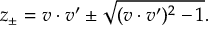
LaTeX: z _ { \pm } = v \cdot v ^ { \prime } \pm \sqrt { ( v \cdot v ^ { \prime } ) ^ { 2 } - 1 } .